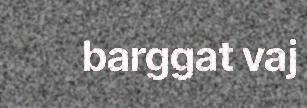
barggat vaj